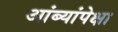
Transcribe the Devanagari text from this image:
आंब्यांपेक्षा